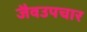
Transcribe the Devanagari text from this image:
जैवउपचार